Statistical return of the lunatic asylum in Assam - 1912-1932
Year: 1912
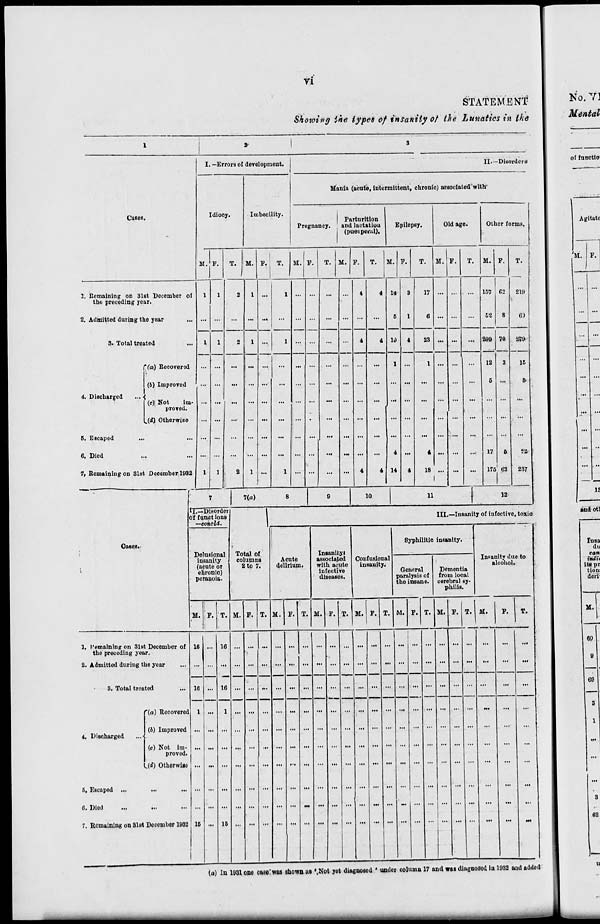
VI
STATEMENT
Shotoing ihe types of insanity of the Lunatics in the
2
Cases.
I. —Errors of development.
II.—Disorders
Idiocy.
Imbecility.
Mania (acute, intermittent, chronic) associated with"
Pregnancy.
Parturition
and lactatiou
(puei pt'i-.-tl).
Epilepsy.
Old age.
Other forms.
M.
1, Remaining on 31st December of
t ho preceding year.
2. Admitted during the year
3. Total treated
4. Discharged
f (a) Recovered
(6) Improved
(c) Not
im-
proved.
L(<Z) Otherwise
5. Escapod
...
.
6. Died
7. Remaining on 81st December 1933 I 1
T.
M.
M. F. T. M. P.
M. P.
M.
11.
H
u
17
23
18 ...
157
62
209
62
70
T.
219
61
279-
15
&
17
175 62
52
237
(
7
1 7(«) 8
9
10
11
1 12 1
if.—Disorder
) f f unct ions
—conoid.
1
III.—Insanity of infective, toxic
Cases.'
Syphilitic insanity.
Delusional
insanity
(acute or
ehronic)
pcranoia.
Total of
columns
2 to 7.
Acute
delirium.
Insanity)
associated
with acute
infective
diseases.
Confusional
insanity.
InFanity due to
alcohol.
V
General
paralysis of
the insane.
Demontia
from local
cerebral sy-
philis.
(
[
f
M. *• T. M. P. T. M. P. T. M. P. T. M. ]
1
F. T. M. F. T. M. F. T. M.
F.
T.
1, remaining on 31st December of
the preceding year.
16 ... 16
... ... ... ... ... ... ... ... ... ... ... ...
... ... ... ...
...
...
2. Admitted during the year
16 ... 16
... ... ... ... ... ... ...
—
... ... ... ...
...
3. Total treated
... ...
...
...
...
"(a) Recovered 1 ...
1
... ... ... ... ... ... ... ... ... ... ... ...
... ...
...
4. Discharged
(6) Improved
(o) Not im-
proved.
»(<*) Otherwise
... ... ...
... ... ... ... ... ... ,.. ... ... ...
... ...
...
... ...
...
...
...
...
5, Escaped ...
...
... ... ...
... ... ... ... ... ... ... ... ... ... ... ...
... ... ... ...
...
...
...
0. Diod
...
...
... ... ...
... ... ... ... ... ... ... ... ... ... ... —
... ... ... ...
...
...
...
7. Remaining on 31st Docember 1932 16
1
1
15
.
(a) In 1031 one case'was shown «8 '.Not yet diagnosed • under column 17 and was diagnosod in 1932 and addoJ
M.
M.
H
«p
9
69